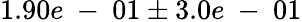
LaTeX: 1.90e\mathrm{~-~}01\pm 3.0e\mathrm{~-~}01